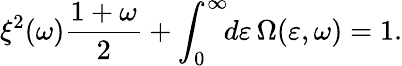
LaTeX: \xi^{2}(\omega)\frac{1+\omega}{2}+\int_{0}^{\infty}\! \! d\varepsilon\, \Omega(\varepsilon,\omega)=1.